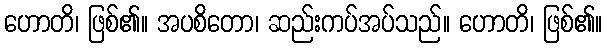
ဟောတိ၊ ဖြစ်၏။ အပစိတော၊ ဆည်းကပ်အပ်သည်။ ဟောတိ၊ ဖြစ်၏။